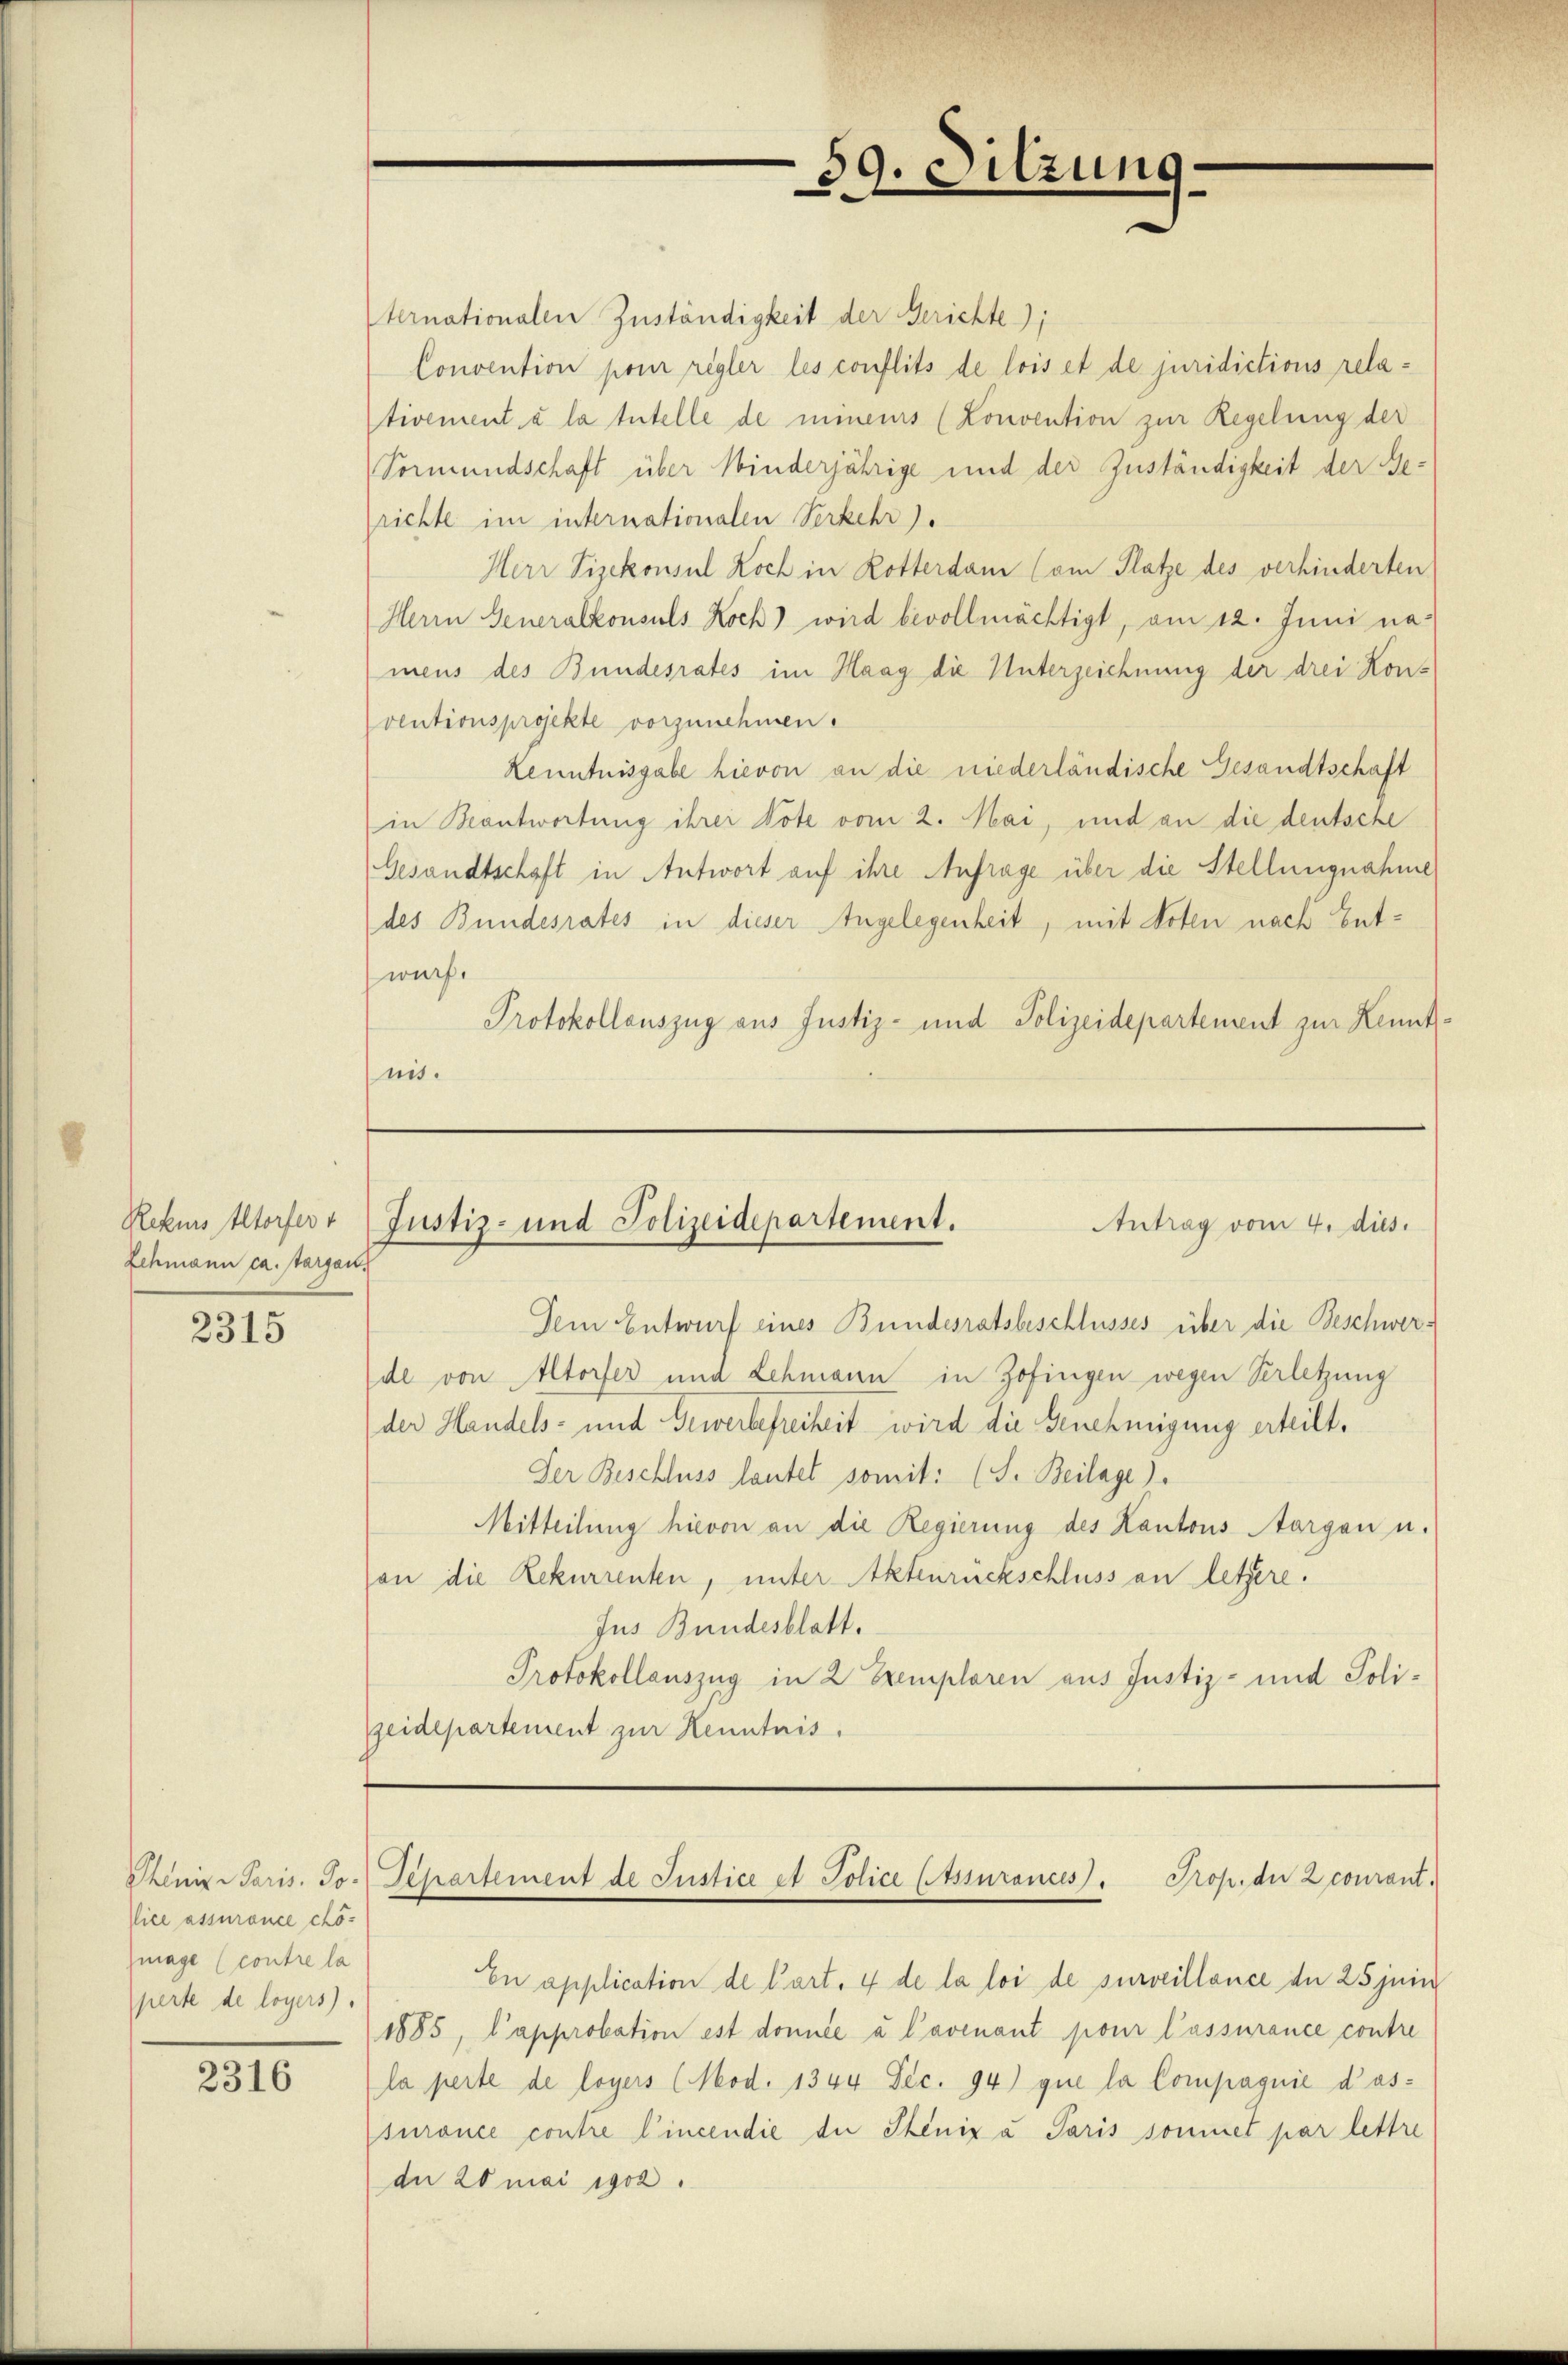
Rekurs Altorfer v
Schmann ca. targau,

2315

ternationalen Zuständigkeit der Gerichte)
Convention pour regler les conflits de lois et de juridictions rela-
tivement à la tutelle de mineurs (Lonvention zur Regelung der
Vormundschaft über Kinderjährige und der Zuständigkeit der Gerichte im internationalen Verkehr).
Herr Vizekonsul Koch in Rotterdam (am Platze des verhinderten
Herrn Generalkonsuls Koch) wird bevollmächtigt, am 12. Juni namens des Bundesrates im Haag die Unterzeichnung der drei Kon-
ventionsprojekte vorzunehmen.
Kenntnisgabe hievon an die niederländische Gesandtschaft
in Beantwortung ihrer Note vom 2. Mai, und an die deutsche
Gesandtschaft in Antwort auf ihre Anfrage über die Stellungnahme
des Bundesrates in dieser Angelegenheit, mit Voten nach Entwurf.
Protokollauszug aus Justiz- und Polizeidepartement zur Kennt:
nis.

Phaenige Paris. Jo-
Vice assurance chömage (contre la
perte de loyers.

2316

59. Sitzung

Justiz- und Polizeidepartement.
Antrag vom 4. dies.

Dein Entwurf eines Bundesratsbeschlusses über die Beschwerdl von Altorfer und Lehmann in Zofingen wegen Verletzung
der Handels- und Gewerbefreiheit wird die Genehmigung erteilt.
Der Beschluss lautet somit: (S. Beilage).
Mitteilung hievon an die Regierung des Kantons Aargau u.
an die Rekurrenten, unter Aktenrückschluss an letzere.
Jus Bundesblatt.
Protokollauszug in 2 Exemplaren aus Justiz- und Poli¬
Zeidepartement zur Kenntnis,

Tepartement de Justice et Police Atssurances. Prop. der 2 courant.

En application de Cart. 4 de la loi de surveillence de 25 jeni
1885, l’approbation est donnée à l’avenant pour lassurance contre
la perte de loyers (od. 1344 Dec. 94) que la Compagnie dassurance contre l’incendie die Seniz a Paris sommet par lettre
an 20 mai 1902.